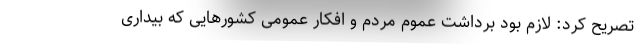
تصریح کرد: لازم بود برداشت عموم مردم و افکار عمومی کشورهایی که بیداری